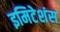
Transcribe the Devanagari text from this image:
इमिटेशंस